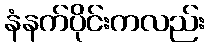
နံနက်ပိုင်းကလည်း